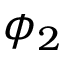
\phi _ { 2 }